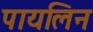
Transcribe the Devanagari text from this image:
पायलिन